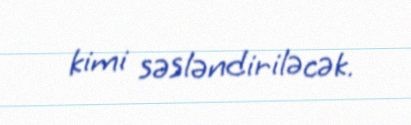
kimi səsləndiriləcək.